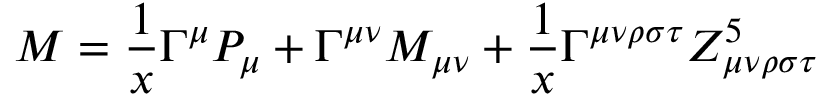
M = \frac { 1 } { x } \Gamma ^ { \mu } P _ { \mu } + \Gamma ^ { \mu \nu } M _ { \mu \nu } + \frac { 1 } { x } \Gamma ^ { \mu \nu \rho \sigma \tau } Z _ { \mu \nu \rho \sigma \tau } ^ { 5 }